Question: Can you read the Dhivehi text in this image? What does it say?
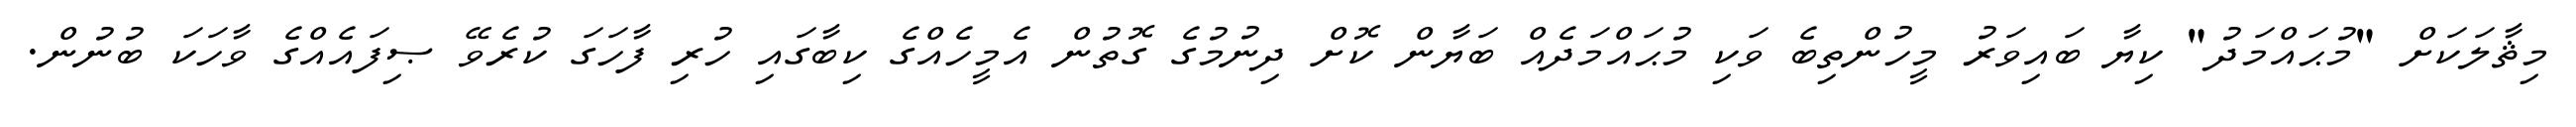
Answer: މިޘާލަކަށް "މުޙައްމަދު" ކިޔާ ބައިވަރު މީހުންތިބެ ވަކި މުޙައްމަދެއް ބަޔާން ކޮށް ދިނުމުގެ ގޮތުން އެމީހެއްގެ ކިބާގައި ހުރި ފާހަގަ ކުރެވޭ ޞިފައެއްގެ ވާހަކަ ބުނުން.